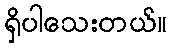
ရှိပါသေးတယ်။